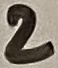
Text: 2